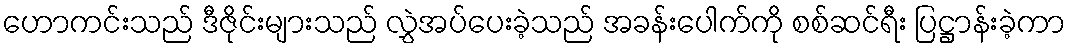
ဟောကင်းသည် ဒီဇိုင်းများသည် လွှဲအပ်ပေးခဲ့သည် အခန်းပေါက်ကို စစ်ဆင်ရီး ပြဋ္ဌာန်းခဲ့ကာ